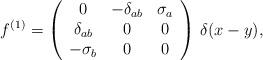
LaTeX: \begin{align*}f^{(1)}=\left(\begin{array}{ccc}0 & -\delta_{ab} & \sigma_a \\\delta_{ab} & 0 & 0 \\-\sigma_b & 0 & 0\end{array}\right)\,\delta(x-y),\end{align*}